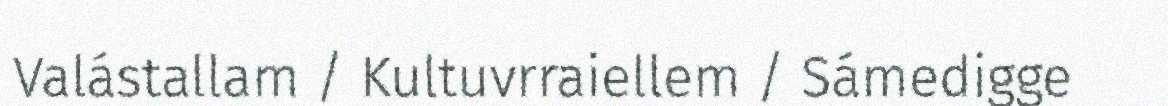
Valástallam / Kultuvrraiellem / Sámedigge